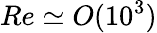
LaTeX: Re\simeq\textit{O}(10^{3})